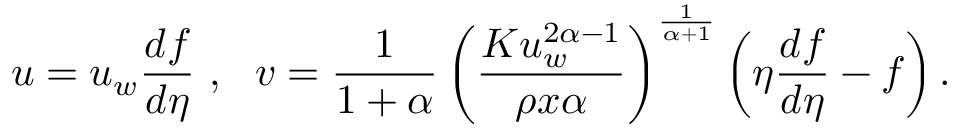
u = u _ { w } \frac { d f } { d \eta } ~ , ~ ~ v = \frac { 1 } { 1 + \alpha } \left( \frac { K u _ { w } ^ { 2 \alpha - 1 } } { \rho x \alpha } \right) ^ { \frac { 1 } { \alpha + 1 } } \left( \eta \frac { d f } { d \eta } - f \right) .